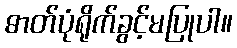
ဓာတ်ပုံရိုက်ခွင့်မပြုပါ။